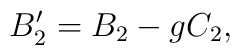
B_2^\prime = B_2 - g C_2,